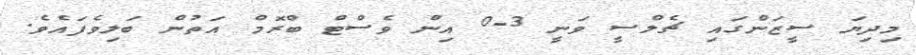
މިދިޔަ ސީޒަންގައި ޗެލްސީ ވަނީ 3-0 އިން ވެސްޓް ބްރޮމް އަތުން ބަލިވެފައެވެ.